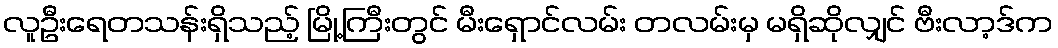
လူဦးရေတသန်းရှိသည့် မြို့ကြီးတွင် မီးရှောင်လမ်း တလမ်းမှ မရှိဆိုလျှင် ဗီးလာ့ဒ်က